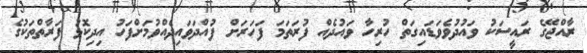
ރާއްޖޭގެ ރައީސަކު ވައުދުވެވަޑައިގަތް ހުރިހާ ވައުދެއް ފުރަތަމަ ފަހަރަށް ފުއްދަވައިދެއްވުމަށްފަހު އިދިކޮޅު ފަރާތްތަކުގެ